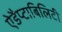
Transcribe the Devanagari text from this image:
ऐडैप्टाबिलिटी